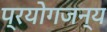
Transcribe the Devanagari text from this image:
प्रयोगजन्य